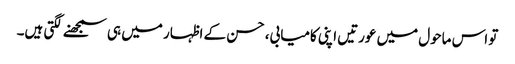
تو اس ماحول میں عورتیں اپنی کامیابی، حسن کے اظہار میں ہی سمجھنے لگتی ہیں۔